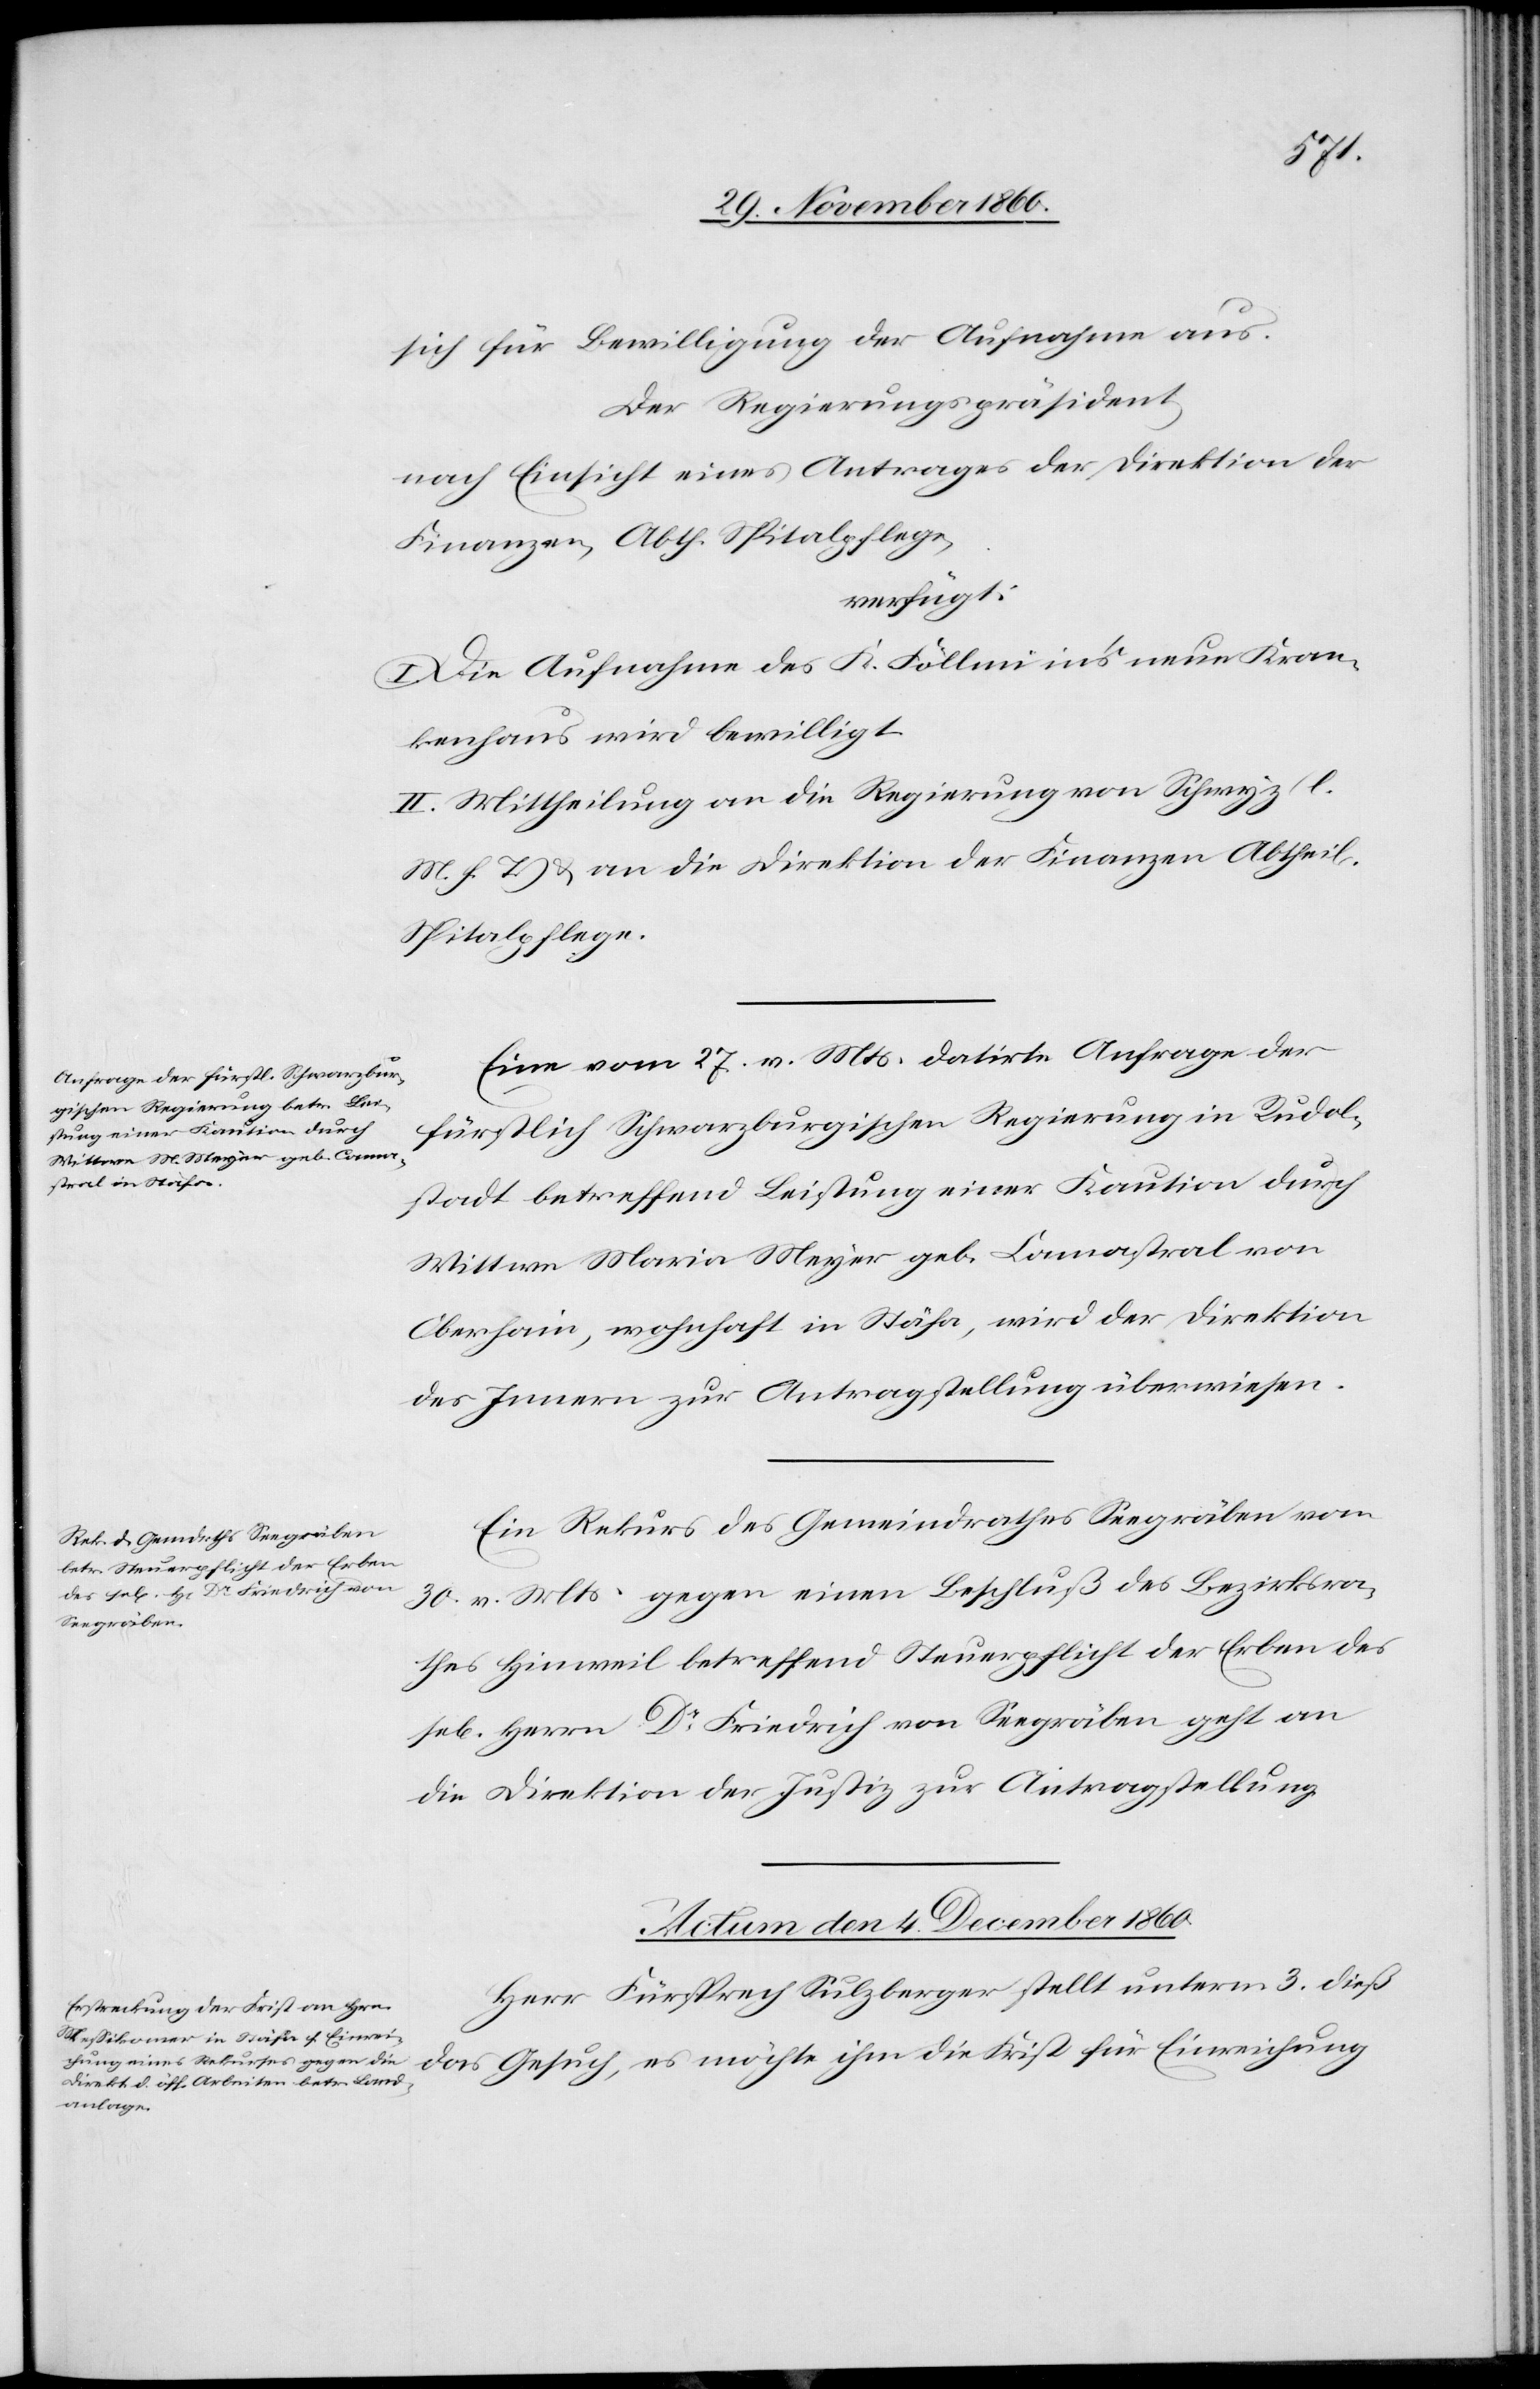
sich für Bewilligung der Aufnahme aus.
Der Regierungspräsident
nach Einsicht eines Antrages der Direktion der
Finanzen, Abth. Spitalpflege,
verfügt:
I. Die Aufnahme des K. Föllmi in’s neue Kran¬
kenhaus wird bewilligt.
II. Mittheilung an die Regierung von Schwyz (l.
M. h. T.) u. an die Direktion der Finanzen Abtheilung
Spitalpflege.
Eine vom 27. v. Mts. datirte Anfrage der
fürstlich Schwarzenburgischen Regierung in Rudolf¬
stadt betreffend Leistung einer Kaution durch
Wittwe Maria Meyer geb. Camastral von
Oberhain, wohnhaft in Stäfa, wird der Direktion
des Innern zur Antragstellung überwiesen.
Ein Rekurs des Gemeindrathes Seegräben vom
30. v. Mts. gegen einen Beschluß des Bezirksra¬
thes Hinweil betreffend Steuerpflicht der Erben des
se[ligen] Herrn Dr Friedrich von Seegräben geht an
die Direktion der Justiz zur Antragstellung.
Actum den 4. December 1860.
Herr Fürsprech Sulzberger stellt unterm 3. dieß
das Gesuch, es möchte ihm die Frist für Einreichung